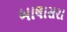
બાલાસરા